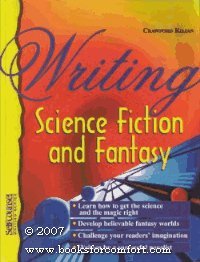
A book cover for Writing Science Fiction and Fantasy; Crawford Kilian; Science Fiction & Fantasy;